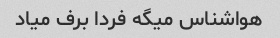
هواشناس میگه فردا برف میاد